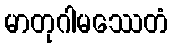
မာတုဂါမဿေတံ